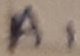
Text: A1